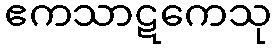
ဧကသာဋကေသု